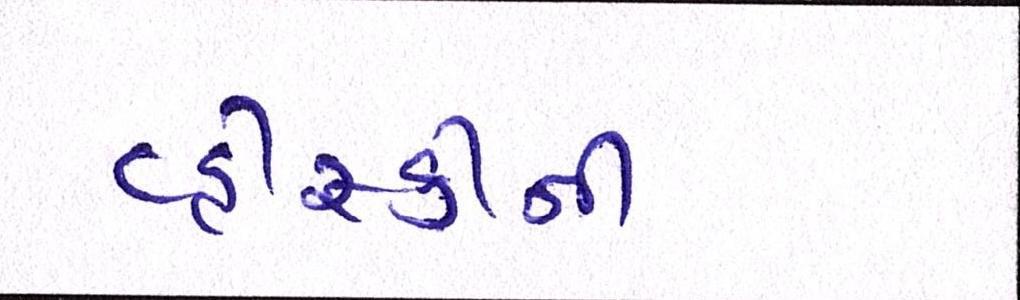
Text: વ્હીસ્કીની